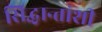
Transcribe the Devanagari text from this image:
सिद्धान्तांशी